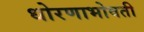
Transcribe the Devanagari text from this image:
धोरणाभोवती